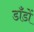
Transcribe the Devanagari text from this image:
डाँडों